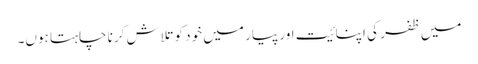
میں ظفر کی اپنائیت اور پیار میں خود کو تلاش کرنا چاہتا ہوں۔